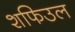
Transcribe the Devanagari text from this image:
शफिउल